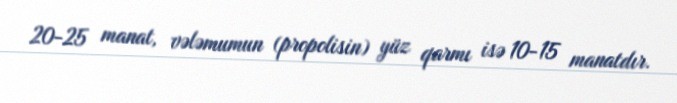
20-25 manat, vələmumun (propolisin) yüz qarmı isə 10-15 manatdır.